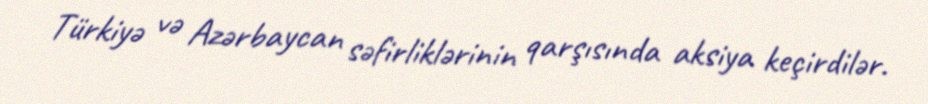
Türkiyə və Azərbaycan səfirliklərinin qarşısında aksiya keçirdilər.